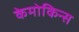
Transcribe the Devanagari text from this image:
केमोकिन्स